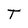
Character: T